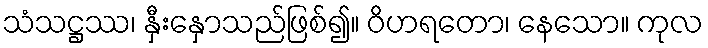
သံသဋ္ဌဿ၊ နှီးနှောသည်ဖြစ်၍။ ဝိဟရတော၊ နေသော။ ကုလ